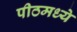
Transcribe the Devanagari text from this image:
पीठमध्ये